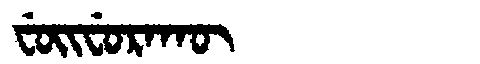
Manchu: ᠸᡠᡳᠸᡠᡵᠠᡴᡡ
Romanization: FUIFURAKŪ